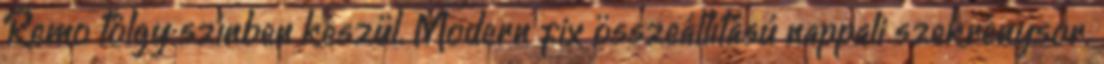
Remo tölgy színben készül. Modern fix összeállítású nappali szekrénysor.